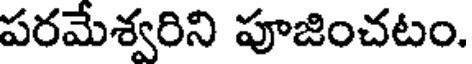
పరమేశ్వరిని పూజించటం.